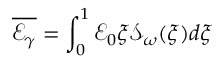
\overline { { \mathcal { E } _ { \gamma } } } = \int _ { 0 } ^ { 1 } \mathcal { E } _ { 0 } \xi \mathcal { S } _ { \omega } ( \xi ) d \xi